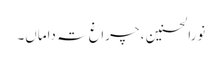
نورالحسنین ، چراغ تہ داماں۔